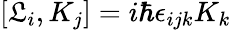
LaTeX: \left[\mathfrak{L}_{i},K_{j}\right]=i\hbar\epsilon_{ijk}K_{k}